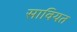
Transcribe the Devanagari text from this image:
सावियत